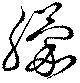
朦